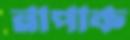
নাপাক